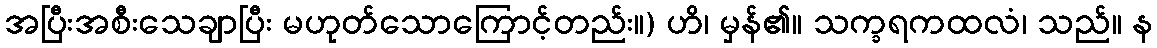
အပြီးအစီးသေချာပြီး မဟုတ်သောကြောင့်တည်း။) ဟိ၊ မှန်၏။ သက္ခရကထလံ၊ သည်။ န